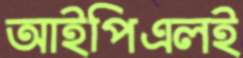
আইপিএলই